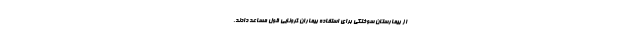
از بیمارستان سوختگی برای استفاده بیماران کرونایی قول مساعد دادند.